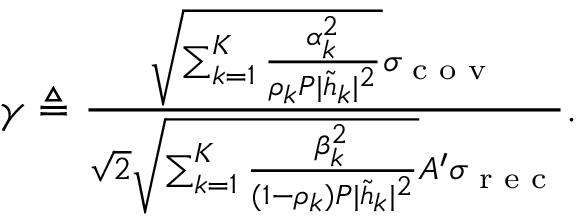
\begin{array} { r } { \gamma \triangleq \frac { { \sqrt { \sum _ { k = 1 } ^ { K } \frac { \alpha _ { k } ^ { 2 } } { \rho _ { k } P | \tilde { h } _ { k } | ^ { 2 } } } } \sigma _ { \textrm { c o v } } } { \sqrt { 2 } \sqrt { \sum _ { k = 1 } ^ { K } \frac { \beta _ { k } ^ { 2 } } { ( 1 - \rho _ { k } ) P | \tilde { h } _ { k } | ^ { 2 } } } A ^ { \prime } \sigma _ { \textrm { r e c } } } . } \end{array}